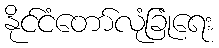
နိုင်ငံတော်လုံခြုံရေး